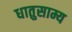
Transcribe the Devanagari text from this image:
धातुसाम्य